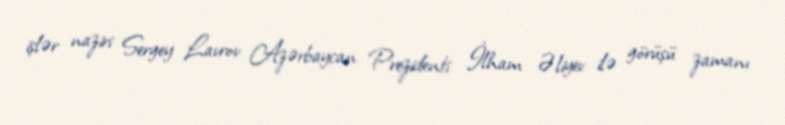
işlər naziri Sergey Lavrov Azərbaycan Prezidenti İlham Əliyev ilə görüşü zamanı